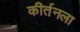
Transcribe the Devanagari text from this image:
कीर्तनला